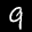
Digit: 9